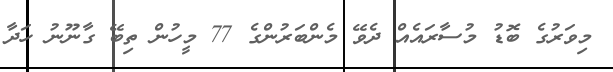
މިވަރުގެ ބޮޑު މުސާރައެއް ދެވޭ މެންބަރުންގެ 77 މީހުން ތިބޭ ގާނޫނު ހަދާ